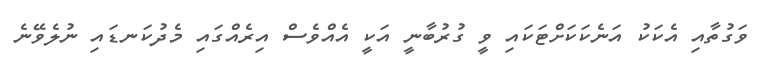
ވަގުތާއި އެކަކު އަނެކަކަށްޓަކައި ވީ ގުރުބާނީ އަކީ އެއްވެސް އިރެއްގައި މެދުކަނޑައި ނުލެވޭނެ